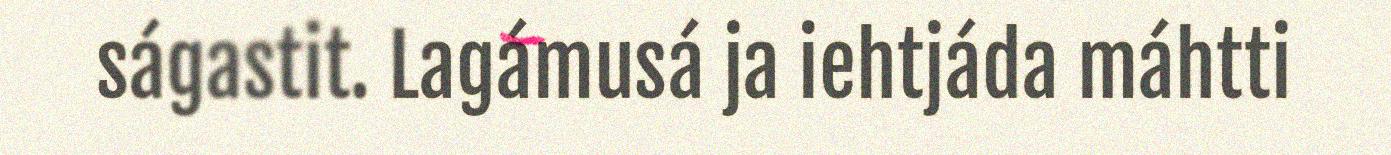
ságastit. Lagámusá ja iehtjáda máhtti